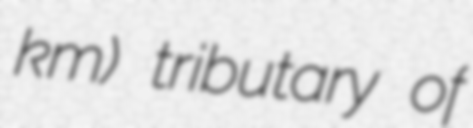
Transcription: km) tributary of